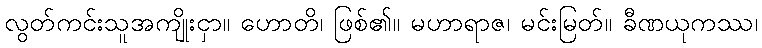
လွတ်ကင်းသူအကျိုးငှာ။ ဟောတိ၊ ဖြစ်၏။ မဟာရာဇ၊ မင်းမြတ်။ ခီဏယုကဿ၊